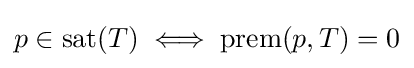
p\in \mathrm {sat} (T)\iff \mathrm {prem} (p,T)=0